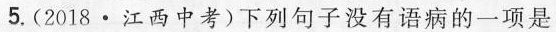
5.(2018·江西中考)下列句子没有语病的一项是